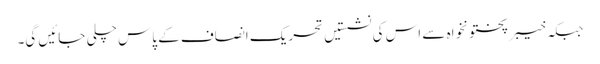
جبکہ خیبر پختونخواہ سے اس کی نشستیں تحریک انصاف کے پاس چلی جائیں گی۔